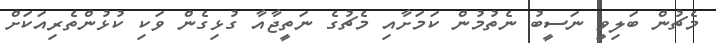
މެޗުން ބަލިވީ ނަސީބު ނެތުމުން ކަމަށާއި މެޗުގެ ނަތީޖާއާ ގުޅިގެން ވަކި ކުޅުންތެރިއަކަށް